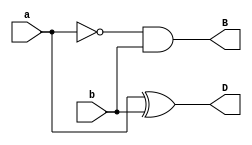
`timescale 1ns / 1ps
module half_sub(input a, b, output D, B);
  assign D = a ^ b;
  assign B = ~a & b;
endmodule